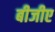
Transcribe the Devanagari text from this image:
बीजीए